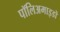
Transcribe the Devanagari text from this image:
पॉलिअमाइडों